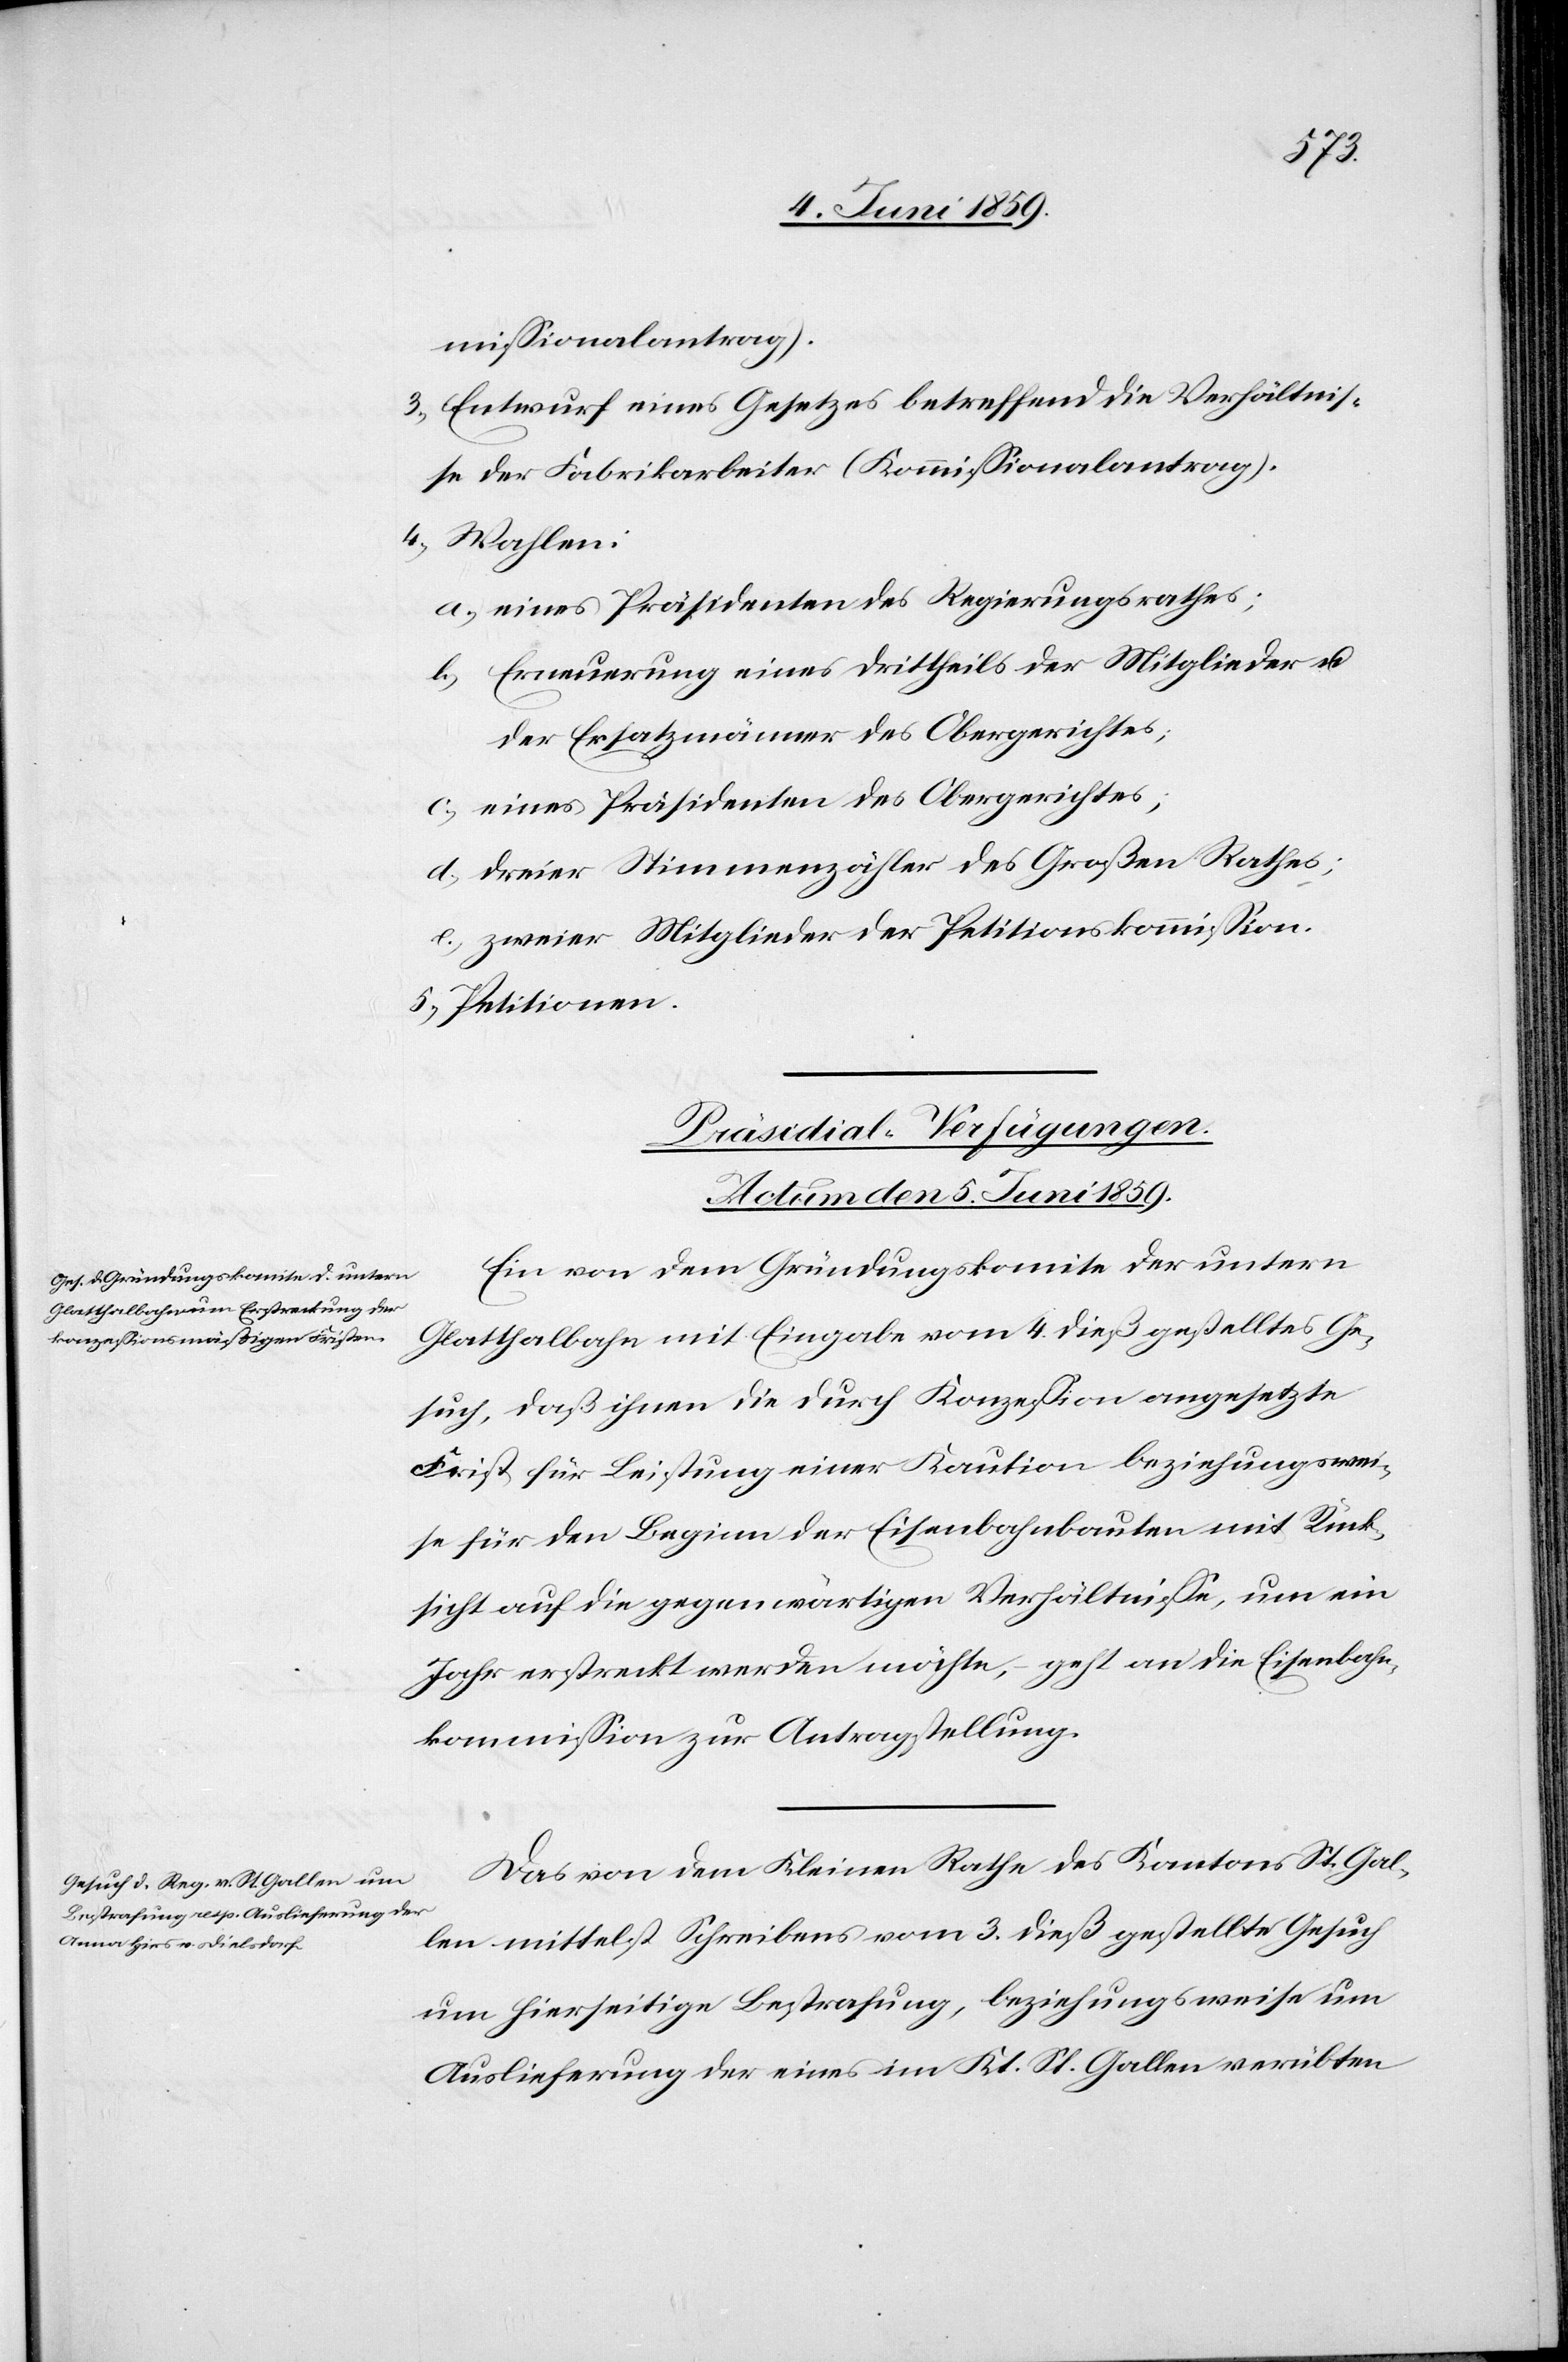
missionalantrag.)
3) Entwurf eines Gesetzes betreffend die Verhältnis¬
se der Fabrikarbeiter (Kommissionalantrag).
4) Wahlen:
a)eines Präsidenten des Regierungsrathes;
b)Erneuerung eines Drittheils der Mitglieder u.
der Ersatzmänner des Obergerichtes;
c)eines Präsidenten des Obergerichtes;
d)dreier Stimmenzähler des Großen Rathes;
e)zweier Mitglieder der Petitionskommission.
5)Petitionen.
[Präsidial-Verfügungen.]
[Actum den 5. Juni 1859.]
Ein von dem Gründungskomite der untern
Glatthalbahn mit Eingabe vom 4. dieß gestelltes Ge¬
such, daß ihnen die durch Konzession angesetzte
Frist für Leistung einer Kaution beziehungswei¬
se für den Beginn der Eisenbahnbauten mit Rück¬
sicht auf die gegenwärtigen Verhältnisse, um ein
Jahr erstreckt werden möchte, geht an die Eisenbahn¬
kommission zur Antragstellung.
Das von dem Kleinen Rathe des Kantons St. Gal¬
len mittelst Schreibens vom 3. dieß gestellte Gesuch
um hierseitige Bestrafung, beziehungsweise um
Auslieferung der eines im Kt. St. Gallen verübten